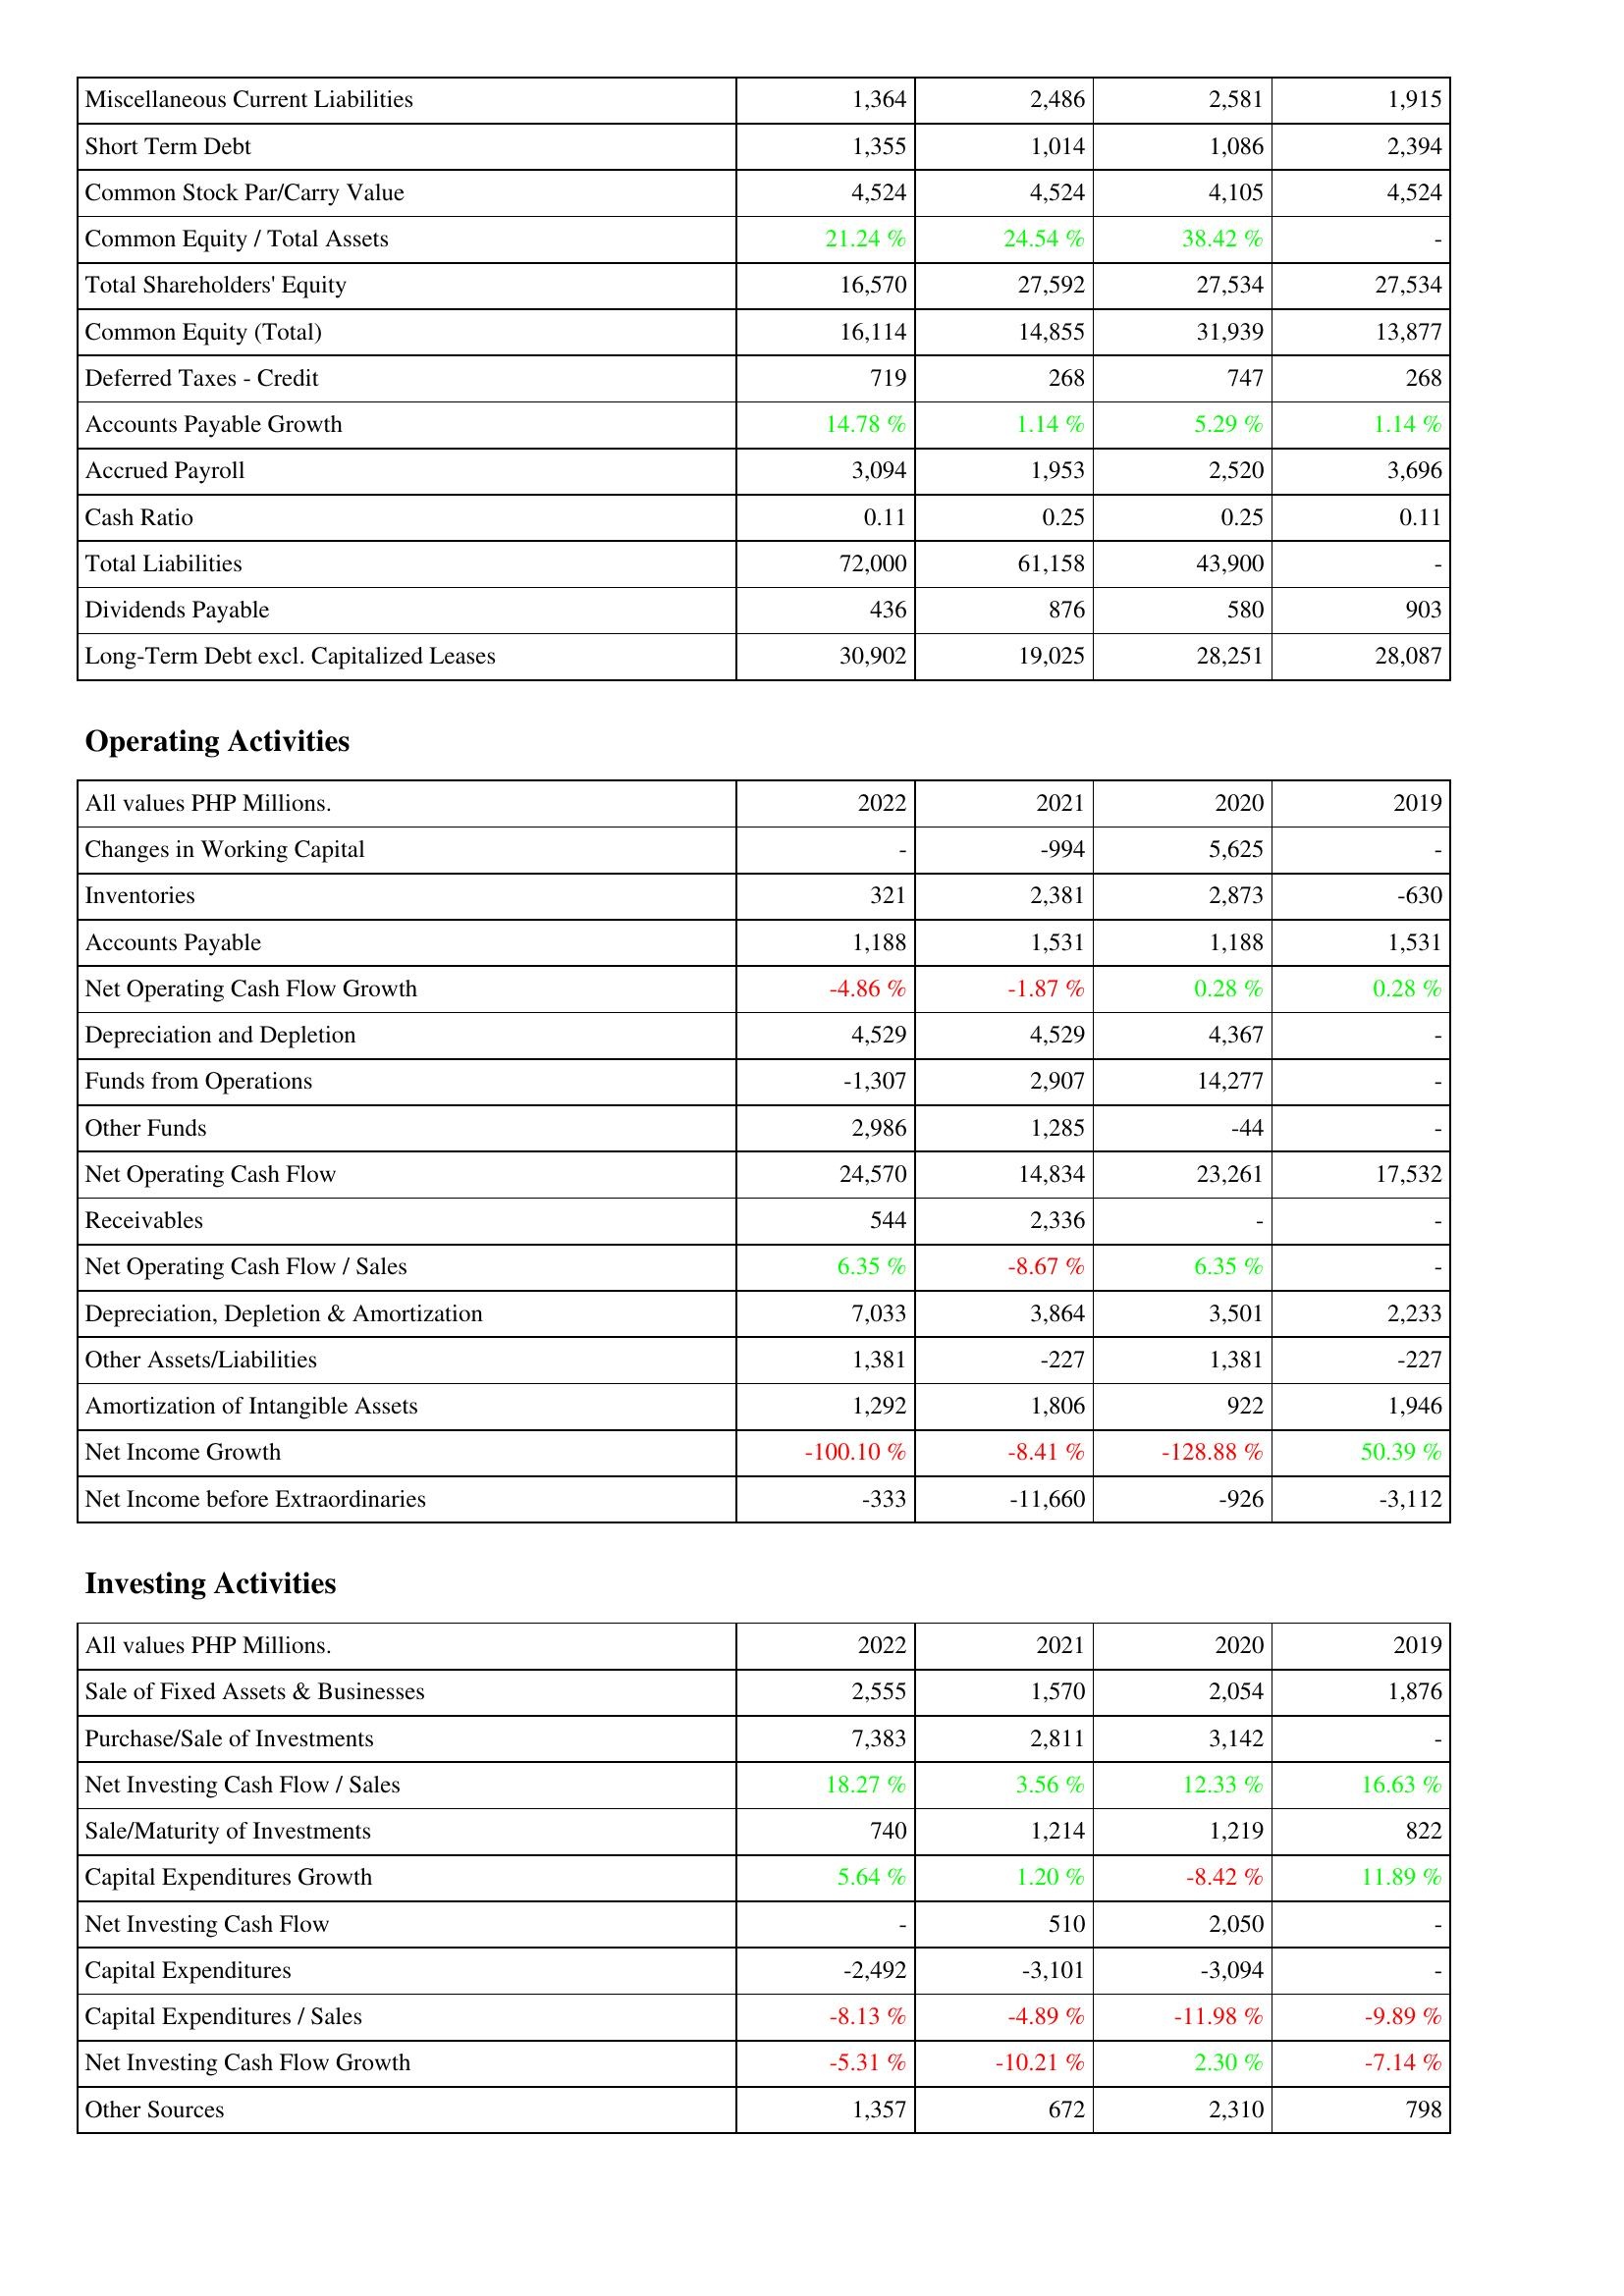
2022: Liabilities & Shareholders' Equity: Miscellaneous Current Liabilities: 1,364
Short Term Debt: 1,355
Common Stock Par/Carry Value: 4,524
Common Equity / Total Assets: 21.24 %
Total Shareholders' Equity: 16,570
Common Equity (Total): 16,114
Deferred Taxes - Credit: 719
Accounts Payable Growth: 14.78 %
Accrued Payroll: 3,094
Cash Ratio: 0.11
Total Liabilities: 72,000
Dividends Payable: 436
Long-Term Debt excl. Capitalized Leases: 30,902
Operating Activities: Changes in Working Capital: -
Inventories: 321
Accounts Payable: 1,188
Net Operating Cash Flow Growth: -4.86 %
Depreciation and Depletion: 4,529
Funds from Operations: -1,307
Other Funds: 2,986
Net Operating Cash Flow: 24,570
Receivables: 544
Net Operating Cash Flow / Sales: 6.35 %
Depreciation, Depletion & Amortization: 7,033
Other Assets/Liabilities: 1,381
Amortization of Intangible Assets: 1,292
Net Income Growth: -100.10 %
Net Income before Extraordinaries: -333
Investing Activities: Sale of Fixed Assets & Businesses: 2,555
Purchase/Sale of Investments: 7,383
Net Investing Cash Flow / Sales: 18.27 %
Sale/Maturity of Investments: 740
Capital Expenditures Growth: 5.64 %
Net Investing Cash Flow: -
Capital Expenditures: -2,492
Capital Expenditures / Sales: -8.13 %
Net Investing Cash Flow Growth: -5.31 %
Other Sources: 1,357
2021: Liabilities & Shareholders' Equity: Miscellaneous Current Liabilities: 2,486
Short Term Debt: 1,014
Common Stock Par/Carry Value: 4,524
Common Equity / Total Assets: 24.54 %
Total Shareholders' Equity: 27,592
Common Equity (Total): 14,855
Deferred Taxes - Credit: 268
Accounts Payable Growth: 1.14 %
Accrued Payroll: 1,953
Cash Ratio: 0.25
Total Liabilities: 61,158
Dividends Payable: 876
Long-Term Debt excl. Capitalized Leases: 19,025
Operating Activities: Changes in Working Capital: -994
Inventories: 2,381
Accounts Payable: 1,531
Net Operating Cash Flow Growth: -1.87 %
Depreciation and Depletion: 4,529
Funds from Operations: 2,907
Other Funds: 1,285
Net Operating Cash Flow: 14,834
Receivables: 2,336
Net Operating Cash Flow / Sales: -8.67 %
Depreciation, Depletion & Amortization: 3,864
Other Assets/Liabilities: -227
Amortization of Intangible Assets: 1,806
Net Income Growth: -8.41 %
Net Income before Extraordinaries: -11,660
Investing Activities: Sale of Fixed Assets & Businesses: 1,570
Purchase/Sale of Investments: 2,811
Net Investing Cash Flow / Sales: 3.56 %
Sale/Maturity of Investments: 1,214
Capital Expenditures Growth: 1.20 %
Net Investing Cash Flow: 510
Capital Expenditures: -3,101
Capital Expenditures / Sales: -4.89 %
Net Investing Cash Flow Growth: -10.21 %
Other Sources: 672
2020: Liabilities & Shareholders' Equity: Miscellaneous Current Liabilities: 2,581
Short Term Debt: 1,086
Common Stock Par/Carry Value: 4,105
Common Equity / Total Assets: 38.42 %
Total Shareholders' Equity: 27,534
Common Equity (Total): 31,939
Deferred Taxes - Credit: 747
Accounts Payable Growth: 5.29 %
Accrued Payroll: 2,520
Cash Ratio: 0.25
Total Liabilities: 43,900
Dividends Payable: 580
Long-Term Debt excl. Capitalized Leases: 28,251
Operating Activities: Changes in Working Capital: 5,625
Inventories: 2,873
Accounts Payable: 1,188
Net Operating Cash Flow Growth: 0.28 %
Depreciation and Depletion: 4,367
Funds from Operations: 14,277
Other Funds: -44
Net Operating Cash Flow: 23,261
Receivables: -
Net Operating Cash Flow / Sales: 6.35 %
Depreciation, Depletion & Amortization: 3,501
Other Assets/Liabilities: 1,381
Amortization of Intangible Assets: 922
Net Income Growth: -128.88 %
Net Income before Extraordinaries: -926
Investing Activities: Sale of Fixed Assets & Businesses: 2,054
Purchase/Sale of Investments: 3,142
Net Investing Cash Flow / Sales: 12.33 %
Sale/Maturity of Investments: 1,219
Capital Expenditures Growth: -8.42 %
Net Investing Cash Flow: 2,050
Capital Expenditures: -3,094
Capital Expenditures / Sales: -11.98 %
Net Investing Cash Flow Growth: 2.30 %
Other Sources: 2,310
2019: Liabilities & Shareholders' Equity: Miscellaneous Current Liabilities: 1,915
Short Term Debt: 2,394
Common Stock Par/Carry Value: 4,524
Common Equity / Total Assets: -
Total Shareholders' Equity: 27,534
Common Equity (Total): 13,877
Deferred Taxes - Credit: 268
Accounts Payable Growth: 1.14 %
Accrued Payroll: 3,696
Cash Ratio: 0.11
Total Liabilities: -
Dividends Payable: 903
Long-Term Debt excl. Capitalized Leases: 28,087
Operating Activities: Changes in Working Capital: -
Inventories: -630
Accounts Payable: 1,531
Net Operating Cash Flow Growth: 0.28 %
Depreciation and Depletion: -
Funds from Operations: -
Other Funds: -
Net Operating Cash Flow: 17,532
Receivables: -
Net Operating Cash Flow / Sales: -
Depreciation, Depletion & Amortization: 2,233
Other Assets/Liabilities: -227
Amortization of Intangible Assets: 1,946
Net Income Growth: 50.39 %
Net Income before Extraordinaries: -3,112
Investing Activities: Sale of Fixed Assets & Businesses: 1,876
Purchase/Sale of Investments: -
Net Investing Cash Flow / Sales: 16.63 %
Sale/Maturity of Investments: 822
Capital Expenditures Growth: 11.89 %
Net Investing Cash Flow: -
Capital Expenditures: -
Capital Expenditures / Sales: -9.89 %
Net Investing Cash Flow Growth: -7.14 %
Other Sources: 798